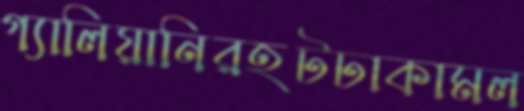
গ্যালিয়ানিরহটঢাকামল